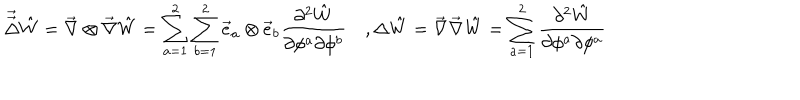
\vec { \vec { \Delta } } \hat { W } = \vec { \nabla } \otimes \vec { \nabla } \hat { W } = \sum _ { a = 1 } ^ { 2 } \sum _ { b = 1 } ^ { 2 } \vec { e } _ { a } \otimes \vec { e } _ { b } \frac { \partial ^ { 2 } \hat { W } } { \partial \phi ^ { a } \partial \phi ^ { b } } \quad , \Delta \hat { W } = \vec { \nabla } \vec { \nabla } \hat { W } = \sum _ { a = 1 } ^ { 2 } \frac { \partial ^ { 2 } \hat { W } } { \partial \phi ^ { a } \partial \phi ^ { a } }